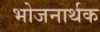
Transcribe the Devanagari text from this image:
भोजनार्थक